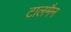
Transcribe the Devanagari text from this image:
टालमैन